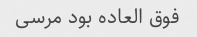
فوق العاده بود مرسی